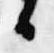
日